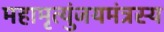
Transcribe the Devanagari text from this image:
महामृत्युंजयमंत्रस्य